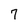
Character: 7